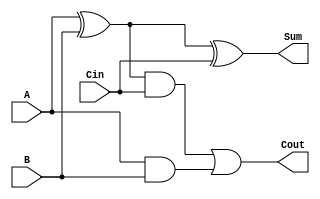
module Full_adder( A, B, Cin, Sum, Cout );

    input A, B, Cin;
    output Sum, Cout;

    wire W1, W2, W3;

    assign W1 = A^B;
    assign W2 = W1&Cin;
    assign W3 = A&B;
    assign Sum = W1^Cin;
    assign Cout = W2|W3;

endmodule